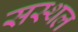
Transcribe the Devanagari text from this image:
सस्थल